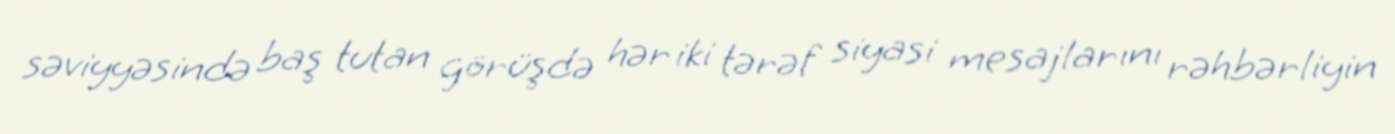
səviyyəsində baş tutan görüşdə hər iki tərəf siyasi mesajlarını rəhbərliyin